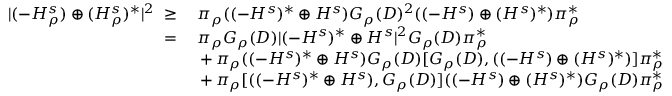
\begin{array} { r l } { | ( - H _ { \rho } ^ { s } ) \oplus ( H _ { \rho } ^ { s } ) ^ { * } | ^ { 2 } \; \geq \; } & { \pi _ { \rho } ( ( - H ^ { s } ) ^ { * } \oplus H ^ { s } ) G _ { \rho } ( D ) ^ { 2 } ( ( - H ^ { s } ) \oplus ( H ^ { s } ) ^ { * } ) { \pi _ { \rho } ^ { * } } } \\ { \; = \; } & { \pi _ { \rho } G _ { \rho } ( D ) | ( - H ^ { s } ) ^ { * } \oplus H ^ { s } | ^ { 2 } G _ { \rho } ( D ) { \pi _ { \rho } ^ { * } } } \\ & { \, + \, \pi _ { \rho } ( ( - H ^ { s } ) ^ { * } \oplus H ^ { s } ) G _ { \rho } ( D ) [ G _ { \rho } ( D ) , ( ( - H ^ { s } ) \oplus ( H ^ { s } ) ^ { * } ) ] { \pi _ { \rho } ^ { * } } } \\ & { \, + \, \pi _ { \rho } [ ( ( - H ^ { s } ) ^ { * } \oplus H ^ { s } ) , G _ { \rho } ( D ) ] ( ( - H ^ { s } ) \oplus ( H ^ { s } ) ^ { * } ) G _ { \rho } ( D ) { \pi _ { \rho } ^ { * } } } \end{array}